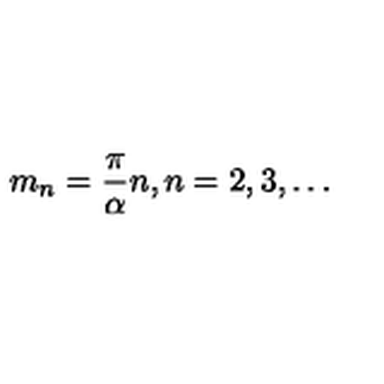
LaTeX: m _ { n } = \frac { \pi } { \alpha } n , n = 2 , 3 , \ldots